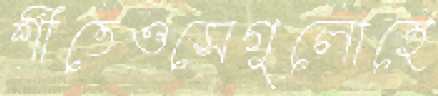
শীতেওসেগুলোহে